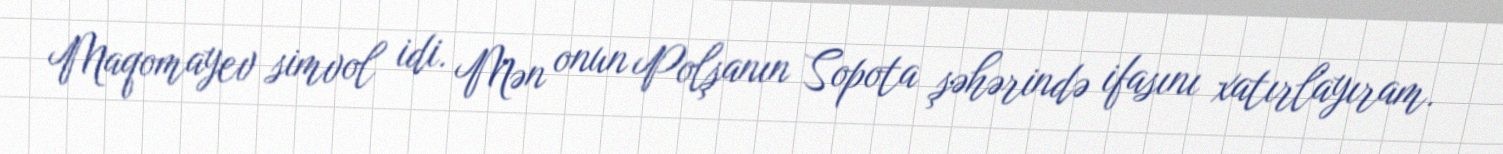
Maqomayev simvol idi. Mən onun Polşanın Sopota şəhərində ifasını xatırlayıram.